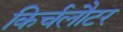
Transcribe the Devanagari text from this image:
किर्चलौटर